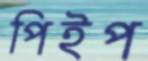
পিইপ